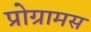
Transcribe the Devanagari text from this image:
प्रोग्रामस